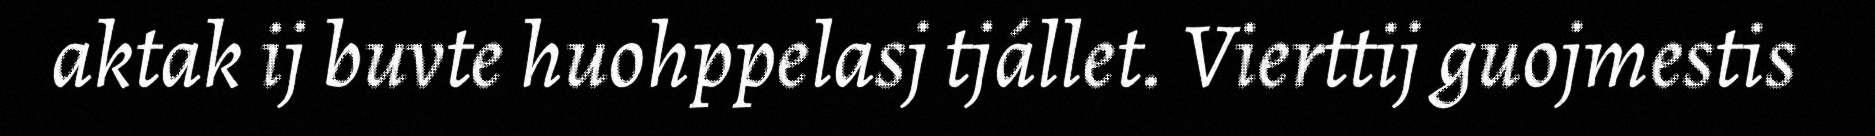
aktak ij buvte huohppelasj tjállet. Vierttij guojmestis